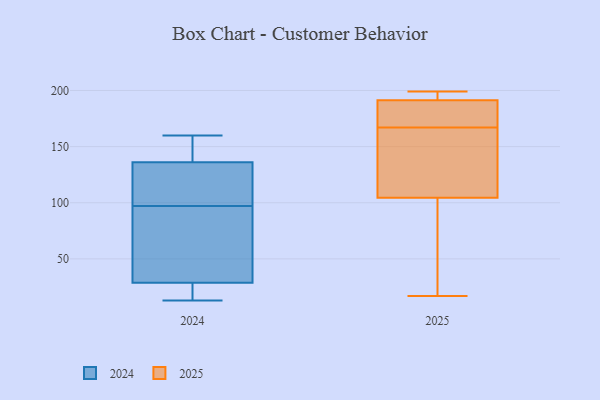
{"axis": {"x": "Energy Usage (MWh)", "y": "Value"}, "legend": ["2024", "2025"], "data": [{"x": "", "y": 157, "type": "2024"}, {"x": "", "y": 13, "type": "2024"}, {"x": "", "y": 121, "type": "2024"}, {"x": "", "y": 97, "type": "2024"}, {"x": "", "y": 15, "type": "2024"}, {"x": "", "y": 26, "type": "2024"}, {"x": "", "y": 141, "type": "2024"}, {"x": "", "y": 92, "type": "2024"}, {"x": "", "y": 160, "type": "2024"}, {"x": "", "y": 100, "type": "2024"}, {"x": "", "y": 37, "type": "2024"}, {"x": "", "y": 145, "type": "2025"}, {"x": "", "y": 156, "type": "2025"}, {"x": "", "y": 179, "type": "2025"}, {"x": "", "y": 86, "type": "2025"}, {"x": "", "y": 181, "type": "2025"}, {"x": "", "y": 145, "type": "2025"}, {"x": "", "y": 192, "type": "2025"}, {"x": "", "y": 167, "type": "2025"}, {"x": "", "y": 199, "type": "2025"}, {"x": "", "y": 193, "type": "2025"}, {"x": "", "y": 17, "type": "2025"}, {"x": "", "y": 189, "type": "2025"}, {"x": "", "y": 197, "type": "2025"}, {"x": "", "y": 31, "type": "2025"}, {"x": "", "y": 91, "type": "2025"}]}